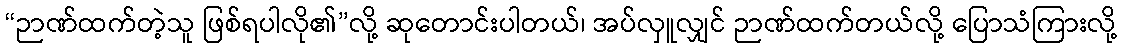
“ဉာဏ်ထက်တဲ့သူ ဖြစ်ရပါလို၏”လို့ ဆုတောင်းပါတယ်၊ အပ်လှူလျှင် ဉာဏ်ထက်တယ်လို့ ပြောသံကြားလို့